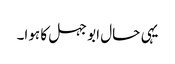
یہی حال ابو جہل کا ہوا۔